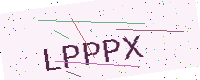
Text: LPPPX